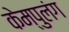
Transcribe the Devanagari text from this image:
केम्पुलंग